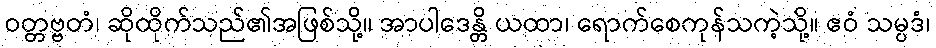
ဝတ္တဗ္ဗတံ၊ ဆိုထိုက်သည်၏အဖြစ်သို့။ အာပါဒေန္တိ ယထာ၊ ရောက်စေကုန်သကဲ့သို့။ ဧဝံ သမ္ပဒံ၊